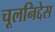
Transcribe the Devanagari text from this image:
चूलनिद्देस